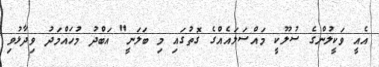
އެއީ ވަކީލުންގެ ސުލޫކީ މައްސަލައެއްގެ ގޮތުގައި މި ބަލަނީ" އަބްދު މުހައްމަދު ވިދާޅުވި